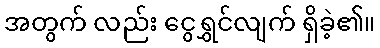
အတွက် လည်း ငွေရွှင်လျက် ရှိခဲ့၏။